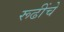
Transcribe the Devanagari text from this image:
रूढींचे